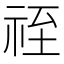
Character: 祬